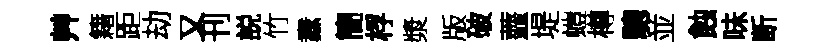
艸籍距劫又刊説竹纛簡桴漿版破虀堤螘樽驄並蝕味断